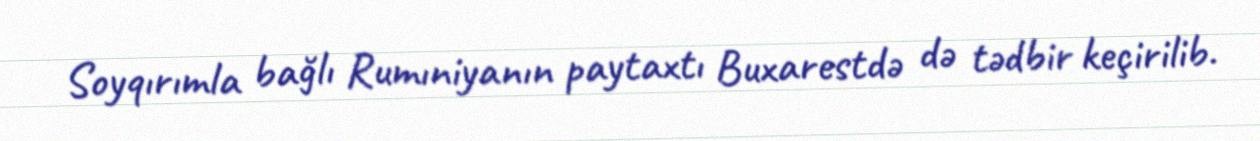
Soyqırımla bağlı Rumıniyanın paytaxtı Buxarestdə də tədbir keçirilib.